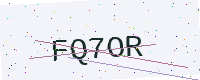
Text: FQ7OR